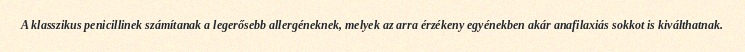
A klasszikus penicillinek számítanak a legerősebb allergéneknek, melyek az arra érzékeny egyénekben akár anafilaxiás sokkot is kiválthatnak.